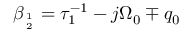
\beta _ { 1 \atop 2 } = \tau _ { 1 } ^ { - 1 } - j \Omega _ { 0 } \mp q _ { 0 }